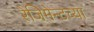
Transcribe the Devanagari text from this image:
रेजिमेन्टच्या